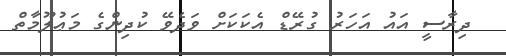
ދިރާސީ އައު އަހަރު ގުރޭޑް އެކަކަށް ވަދެވޭ ކުދިންގެ މަޢުލޫމާތް